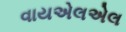
વાયએલએલ